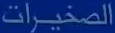
الصغيرات